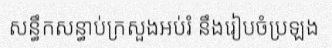
សន្ធឹកសន្ធាប់ក្រសួងអប់រំ នឹងរៀបចំប្រឡង